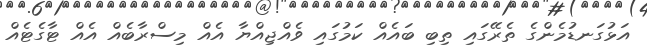
އަޅުގަނޑުމެންގެ ތެރޭގައި ތިބި ބައެއް ކަމުގައި ވެއްޖިއްޔާ އެއް މިސްރާބެއް އެއް ޓާގެޓެއް